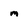
Character: m